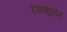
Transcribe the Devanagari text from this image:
रॅमब्युलेट